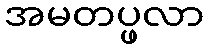
အမတပ္ဖလာ